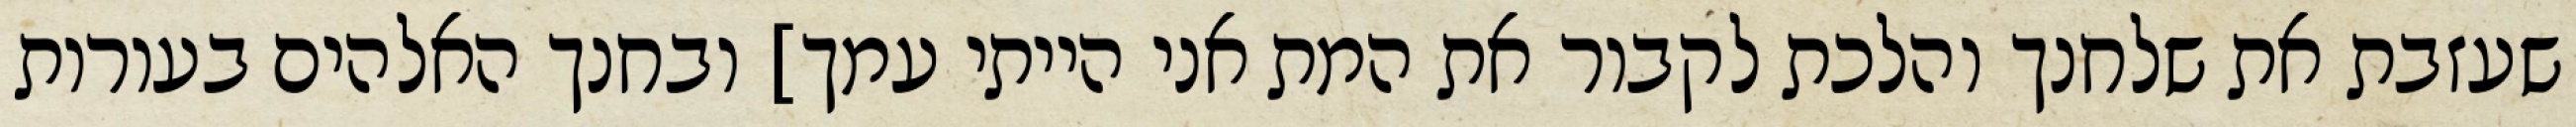
שעזבת את שלחנך והלכת לקבור את המת אני הייתי עמך] ובחנך האלהים בעורות